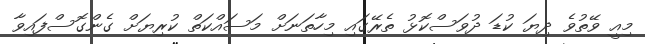
މިއީ ވޭތުވެ ދިޔަ ކުޑަ ދުވަސްކޮޅު ތެރޭގައި މިހާތަނަށް މަސައްކަތް ކުރިޔަށް ގެންގޮސްފައިވާ